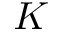
K